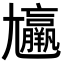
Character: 𡰠